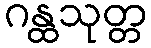
ဂန္ထသုတ္တ